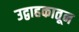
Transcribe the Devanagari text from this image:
उद्वाहकातून